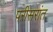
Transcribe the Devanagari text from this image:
परीसरांत